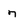
Character: 7